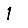
Digit: 1